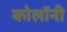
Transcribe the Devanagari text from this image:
कोलॉनी